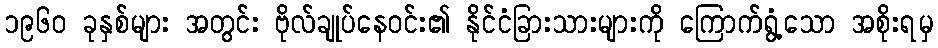
၁၉၆၀ ခုနှစ်များ အတွင်း ဗိုလ်ချုပ်နေဝင်း၏ နိုင်ငံခြားသားများကို ကြောက်ရွံ့သော အစိုးရမှ